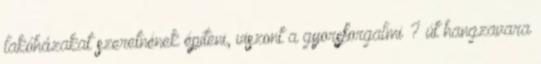
lakóházakat szeretnének építeni, viszont a gyorsforgalmi ? út hangzavara